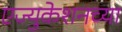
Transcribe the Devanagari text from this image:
एज्युकेशनच्या